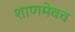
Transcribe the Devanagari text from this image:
शाणमेवच